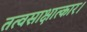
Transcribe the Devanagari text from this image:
तत्वसाक्षात्कार।